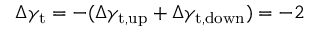
\Delta \gamma _ { \mathrm { t } } = - ( \Delta \gamma _ { \mathrm { t , u p } } + \Delta \gamma _ { \mathrm { t , d o w n } } ) = - 2